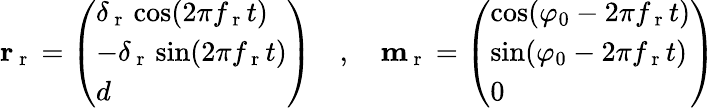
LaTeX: \begin{array}{r}{\mathbf{r}_{\mathrm{~r~}}=\left(\begin{array}{l}{\delta_{\mathrm{~r~}}\cos(2\pi f_{\mathrm{~r~}}t)}\\ {-\delta_{\mathrm{~r~}}\sin(2\pi f_{\mathrm{~r~}}t)}\\ {d}\end{array}\right)\quad,\quad\mathbf{m}_{\mathrm{~r~}}=\left(\begin{array}{l}{\cos(\varphi_{0}-2\pi f_{\mathrm{~r~}}t)}\\ {\sin(\varphi_{0}-2\pi f_{\mathrm{~r~}}t)}\\ {0}\end{array}\right)}\end{array}